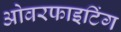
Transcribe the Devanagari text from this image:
ओवरफाइटिंग